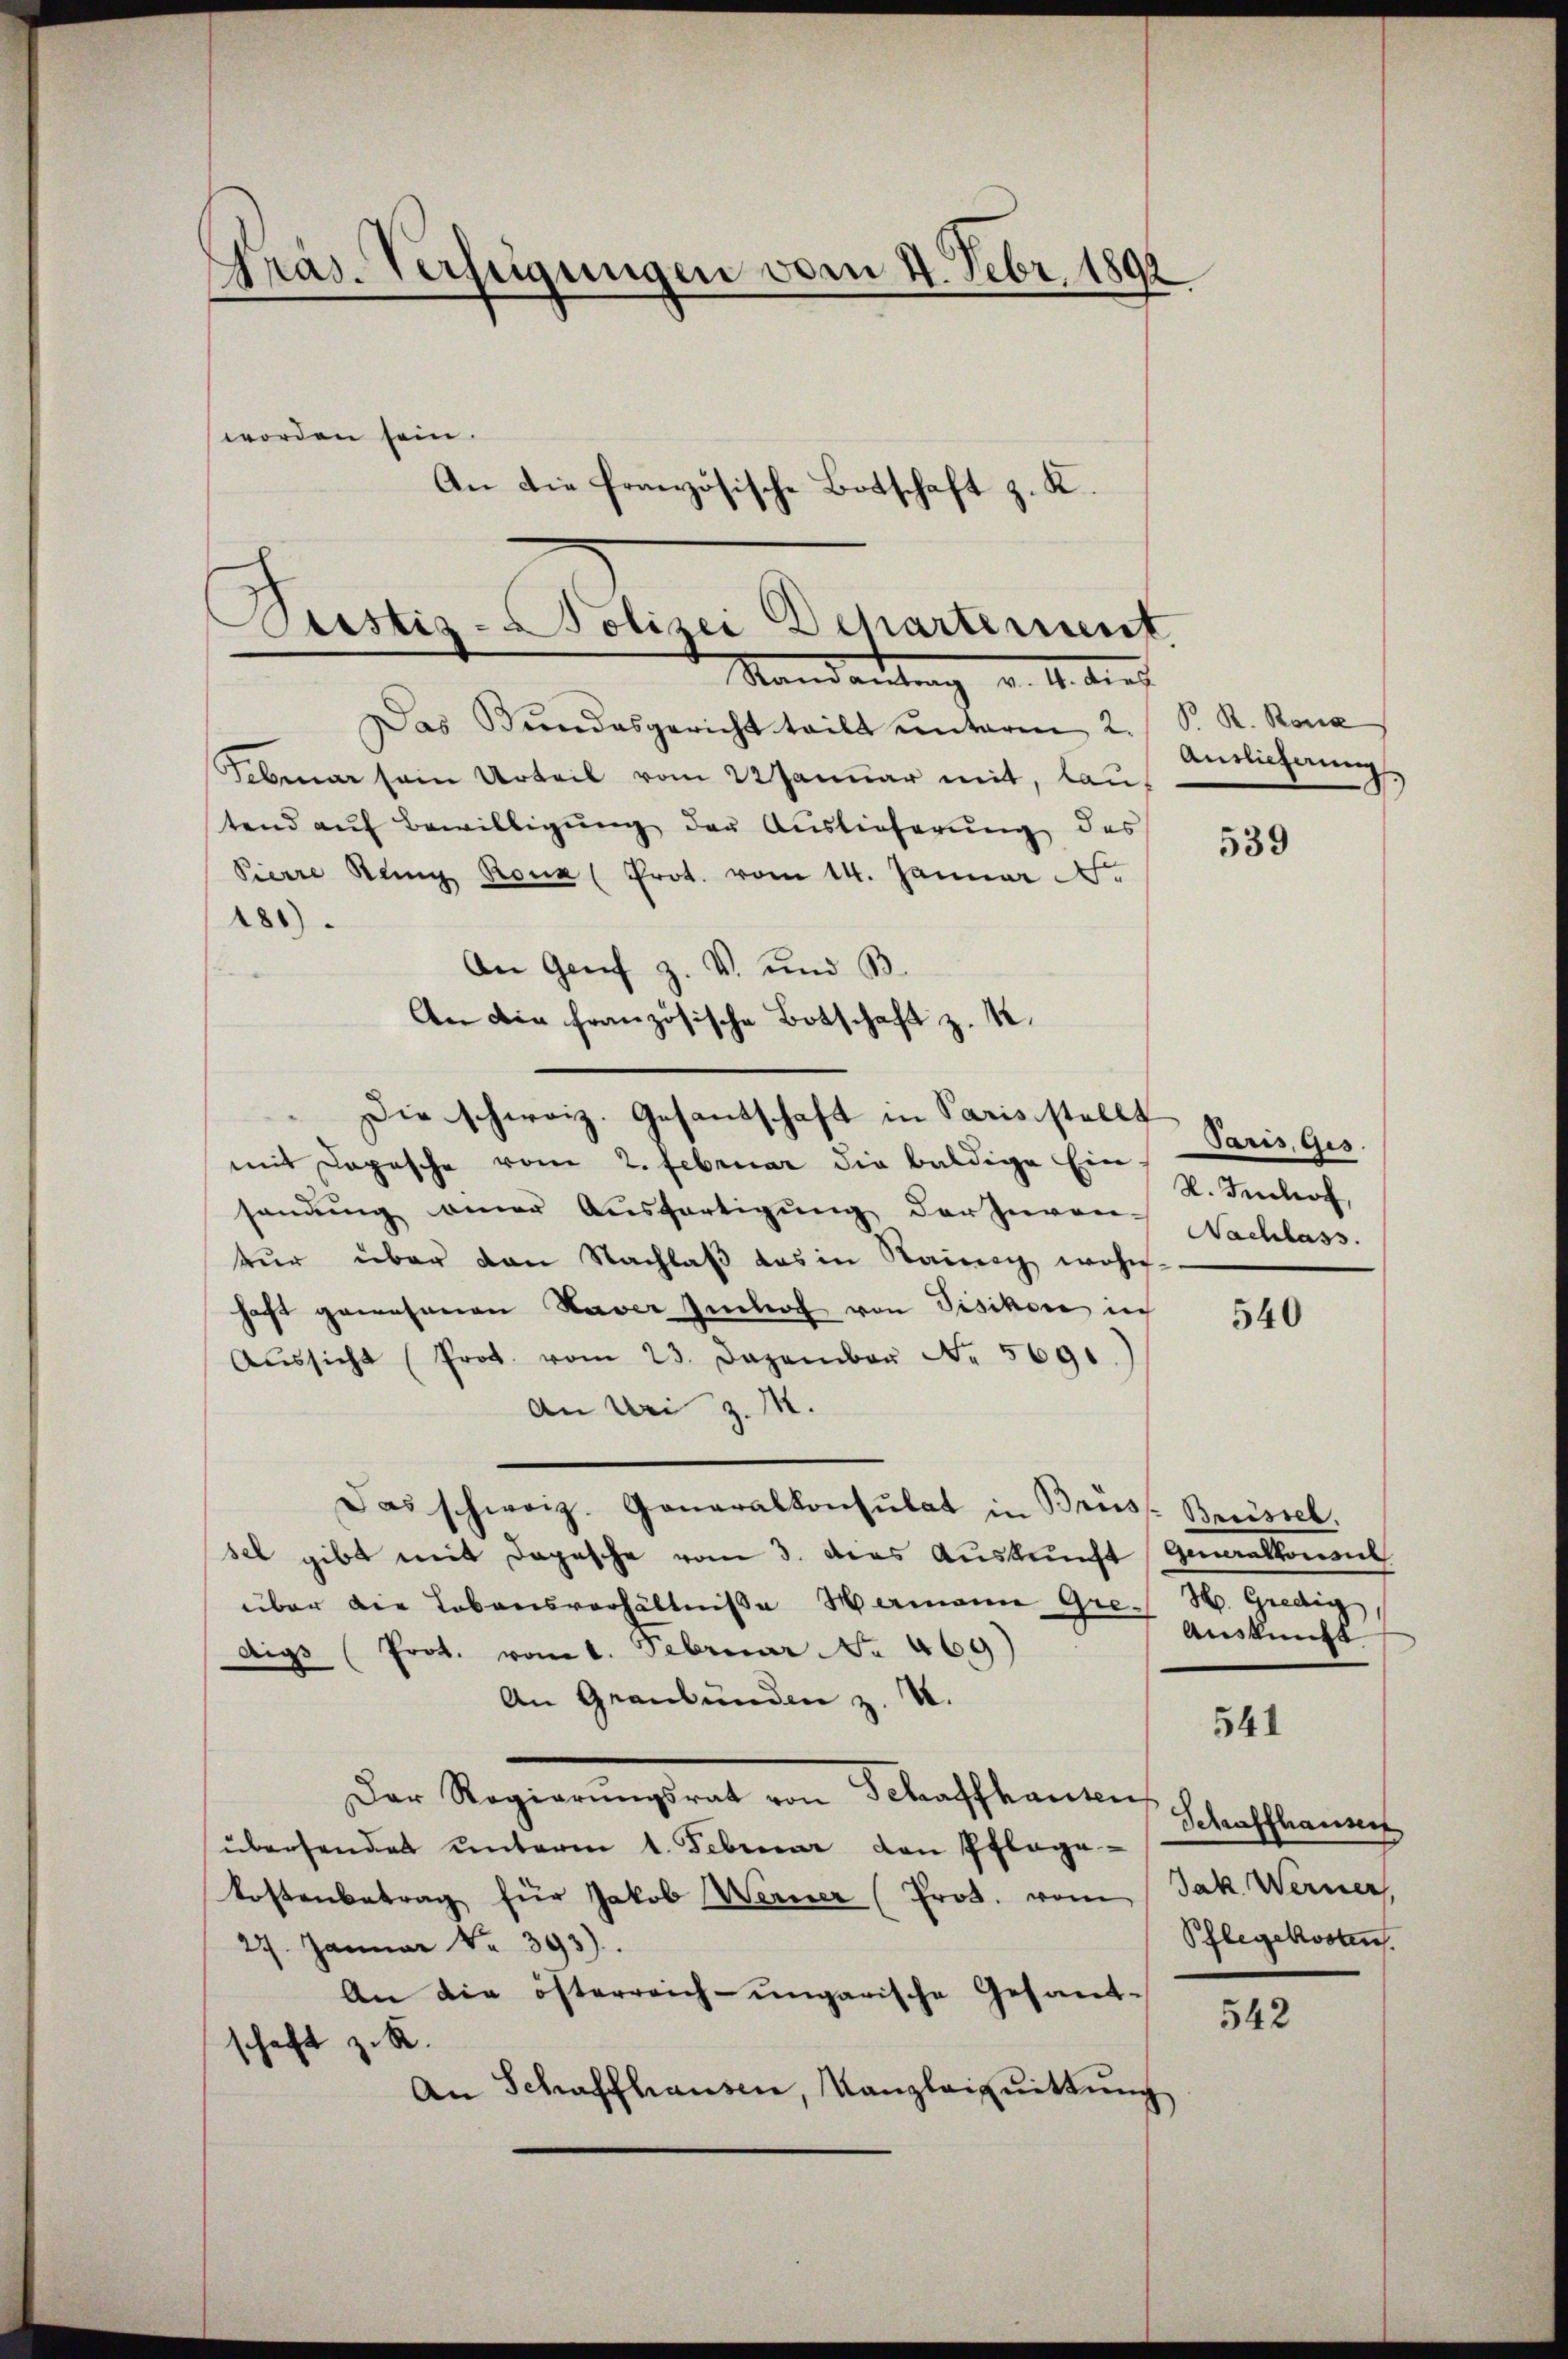
Präs. Verfügungen vom 4. Febr. 1892
worden sein.
An die französische Botschaft z. K.

Justiz-Polizei Departement
Standantung d. M. dies

Das Bundesgericht teilt unterm 2.
Februar sein Urteil vom 22 Januar mit, lautend aŭf Bewilligŭng der Auslieferŭng des
Pierre Remy Rouz (Prot. vom 14. Januar
181)
An Genf z. V. und B
An die französische Botschaft z. K.
mit Copische vom 2. Februar die baldige Ein-
sanung einer Ausfertigung der zuvor Nachlass.
kur über den Nachlaß das in Steinig wohn-
haft gewesenen Haver Imhof von Pisikon in
Aŭssicht (Prot. vom 23. Dezember Nr. 5691.
An Uri z. M.
Das schweiz. Generalkonsulat in Brüs- Breissel.
sel gibt mit Depesche vom 3. Dies Auskunft Generalkonsul
über die Lebensverhältnisse Hermann Gre. H. Gredig
Auskunft
digs (Prot. vom 1. Februar No 460
An Graubünden z. 4.
541
Der Regierungsrat vom Schaffhausen
übersendet unterm 1. Februar von Pflage
kostenbetrag für Jakob Werner (Prot. vom Jak. Werner
27. Januar Nr. 393).
An die öfterreich-ungarische Gesand¬
542
schaft z. B.
An Schaffhausen, Kanzleizuittung

Die schweiz. Gesandschaft in Parisistalls Spris. Ges.

P. R. Rosa
Auslieferung

539

V. Imhof,

540

Schaffhauser
Pflegekosten.